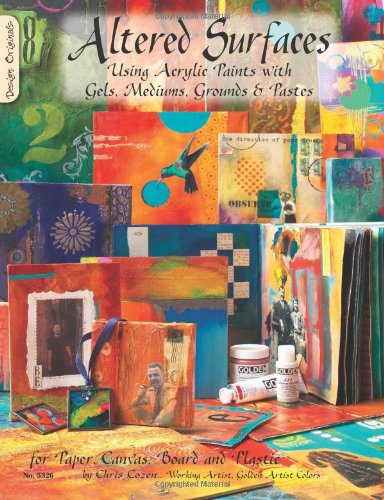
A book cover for Altered Surfaces: Using Acrylic Paints With Gels, Mediums, Grounds & Pastes; Chris Cozen; Arts & Photography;